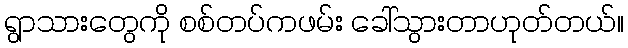
ရွာသားတွေကို စစ်တပ်ကဖမ်း ခေါ်သွားတာဟုတ်တယ်။